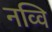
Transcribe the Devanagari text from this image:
नव्वि